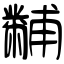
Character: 黼